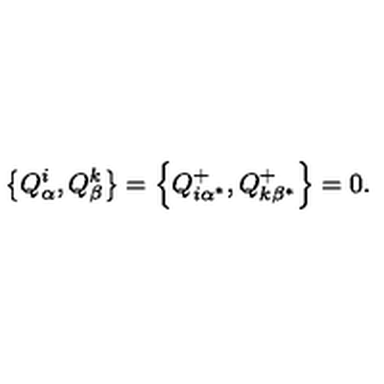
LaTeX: \left\{ Q _ { \alpha } ^ { i } , Q _ { \beta } ^ { k } \right\} = \left\{ Q _ { i \alpha ^ { * } } ^ { + } , Q _ { k \beta ^ { * } } ^ { + } \right\} = 0 .